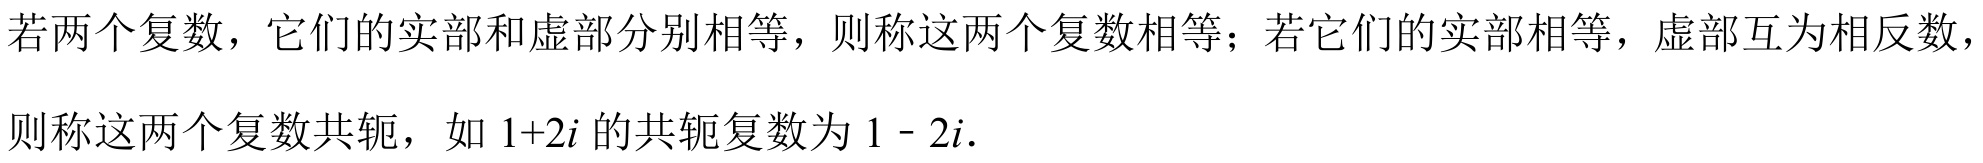
若两个复数，它们的实部和虚部分别相等，则称这两个复数相等；若它们的实部相等，虚部互为相反数，则称这两个复数共轭，如$1 + 2i$的共轭复数为$1 - 2i.$